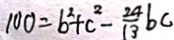
1 0 0 = b ^ { 2 } + c ^ { 2 } - \frac { 2 4 } { 1 3 } b c